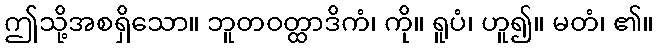
ဤသို့အစရှိသော။ ဘူတဝတ္ထာဒိကံ၊ ကို။ ရူပံ၊ ဟူ၍။ မတံ၊ ၏။